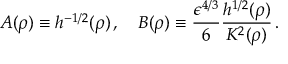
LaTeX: A ( \rho ) \equiv h ^ { - 1 / 2 } ( \rho ) \, , \quad B ( \rho ) \equiv \frac { \epsilon ^ { 4 / 3 } } { 6 } \frac { h ^ { 1 / 2 } ( \rho ) } { K ^ { 2 } ( \rho ) } \, .